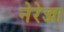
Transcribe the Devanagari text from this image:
नेरेज्जा